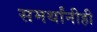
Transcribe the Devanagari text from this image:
समर्थांनीही